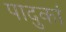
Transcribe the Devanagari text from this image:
पादुकां